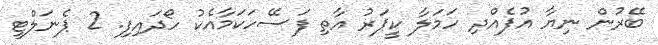
ބޭރުން ނިޔާ އުފެއްދި ހަމަލާ ކީޕަރު އާތި ފަސޭހަކަމާއެކު ހޯދައިފި. 2 ޕެނަލްޓީ